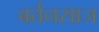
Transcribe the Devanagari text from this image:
बर्तनसाज